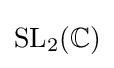
\mathrm {SL} _{2}(\mathbb {C} )